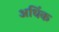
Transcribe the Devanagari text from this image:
अधिंक